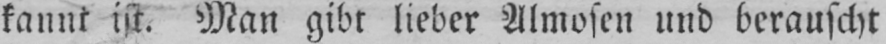
kannt ist. Man gibt lieber Almosen und berauscht